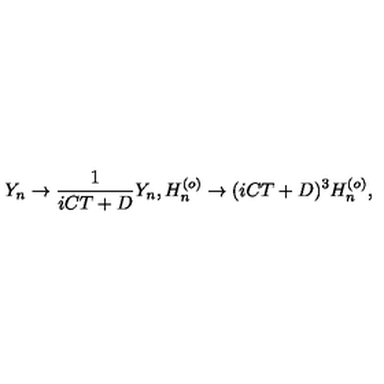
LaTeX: Y _ { n } \rightarrow \frac { 1 } { i C T + D } Y _ { n } , H _ { n } ^ { ( o ) } \rightarrow ( i C T + D ) ^ { 3 } H _ { n } ^ { ( o ) } ,